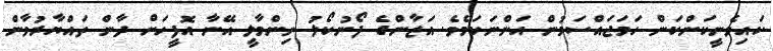
ކައިވެނީކަންކަން ހަމަޖައްސަމުން އަންނަކަމެވެ. އަޒާންގެ ފޯނުކޯލު ނިންމާލީ އޭނާ އޮފީހަށް ދާން ތައްޔާރުވާން